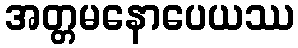
အတ္တမနောပေယဿ